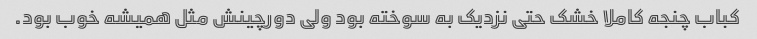
کباب چنجه کاملا خشک حتی نزدیک به سوخته بود ولی دورچینش مثل همیشه خوب بود.